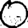
Digit: 0